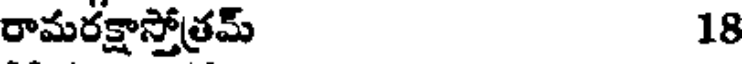
రామరక్షాస్తోత్రమ్ 18